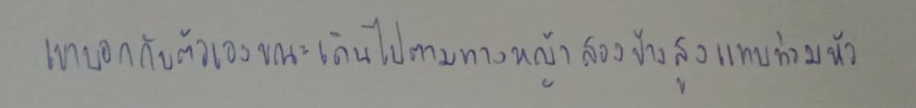
เขาบอกกับตัวเองขณะเดินไปตามทางที่มีหญ้าสองข้างสูงแทบท่วมหัว